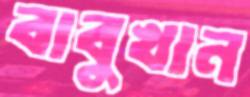
বাবুখান